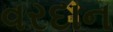
વરદાન